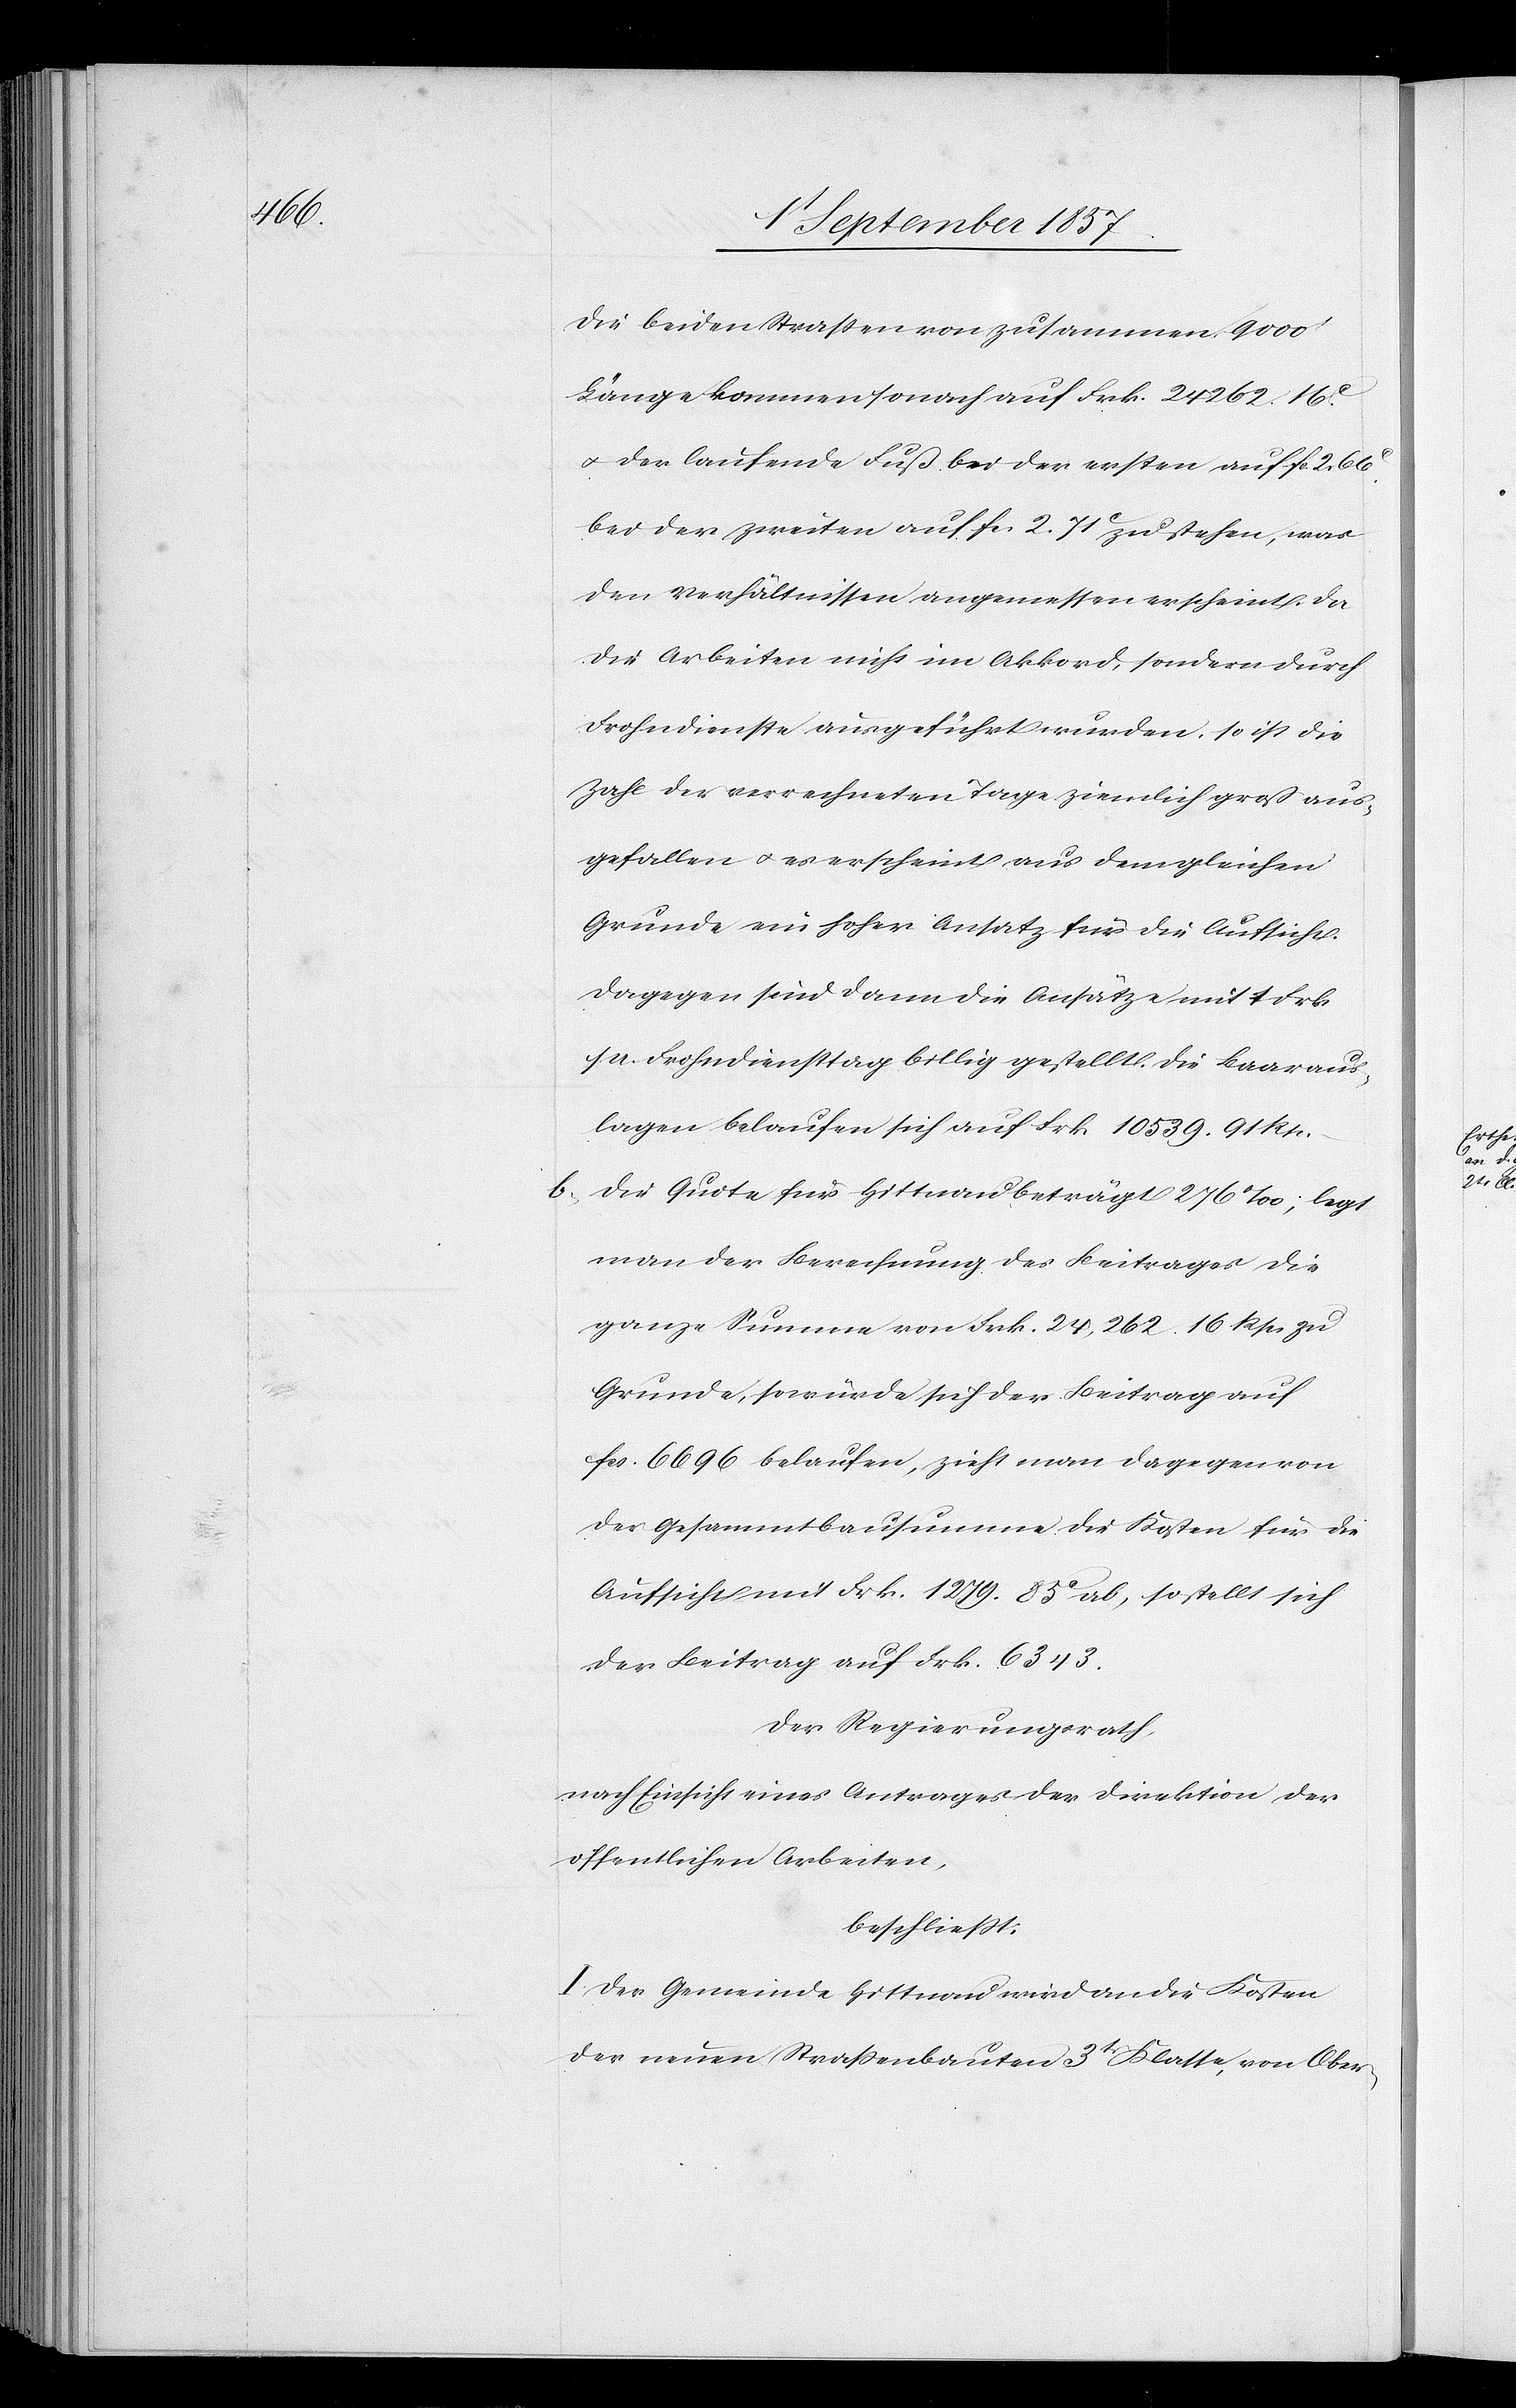
Die beiden Straßen von zusammen 9000’
Länge kommen sonach auf Frk. 24262. 16c
der laufende Fuß bei der ersten auf fcs 2. 66c
bei der zweiten auf fcs 2. 71c zu stehen, was
den Verhältnissen angemessen erscheint, da
die Arbeiten nicht im Akkord, sondern durch
Frohndienste ausgeführt wurden, so ist die
Zahl der verrechneten Tage ziemlich groß aus¬
gefallen & es erscheint aus dem gleichen
Grunde ein hoher Ansatz für die Aufsicht.
Dagegen sind dann die Ansätze mit 7 Frk.
a. Frohndiensttag billig gestellt. Die Baaraus¬
lagen belaufen sich auf Frk. 10539. 91 Rp.
b, die Quote für Hittnau beträgt 276‰; legt
man der Berechnung des Beitrages die
ganze Summe von Frk. 24,262. 16 Rpn. zu
Grunde, so würde sich der Beitrag auf
fcs 6696 belaufen, zieht man dagegen von
der Gesammtbausumme die Kosten für die
Aufsicht mit Frk. 1279. 85c ab, so stellt sich
der Beitrag auf Frk. 6343.
Der Regierungsrath,
nach Einsicht eines Antrages der Direktion der
öffentlichen Arbeiten,
beschließt:
I. Der Gemeinde Hittnau wird an die Kosten
der neuen Straßenbauten 3t Klasse, von Ober-